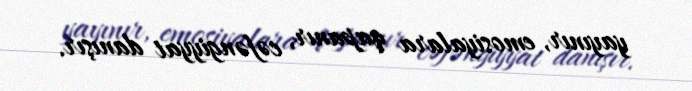
yayınır, emosiyalara qapanır, cəfəngiyyat danışır.